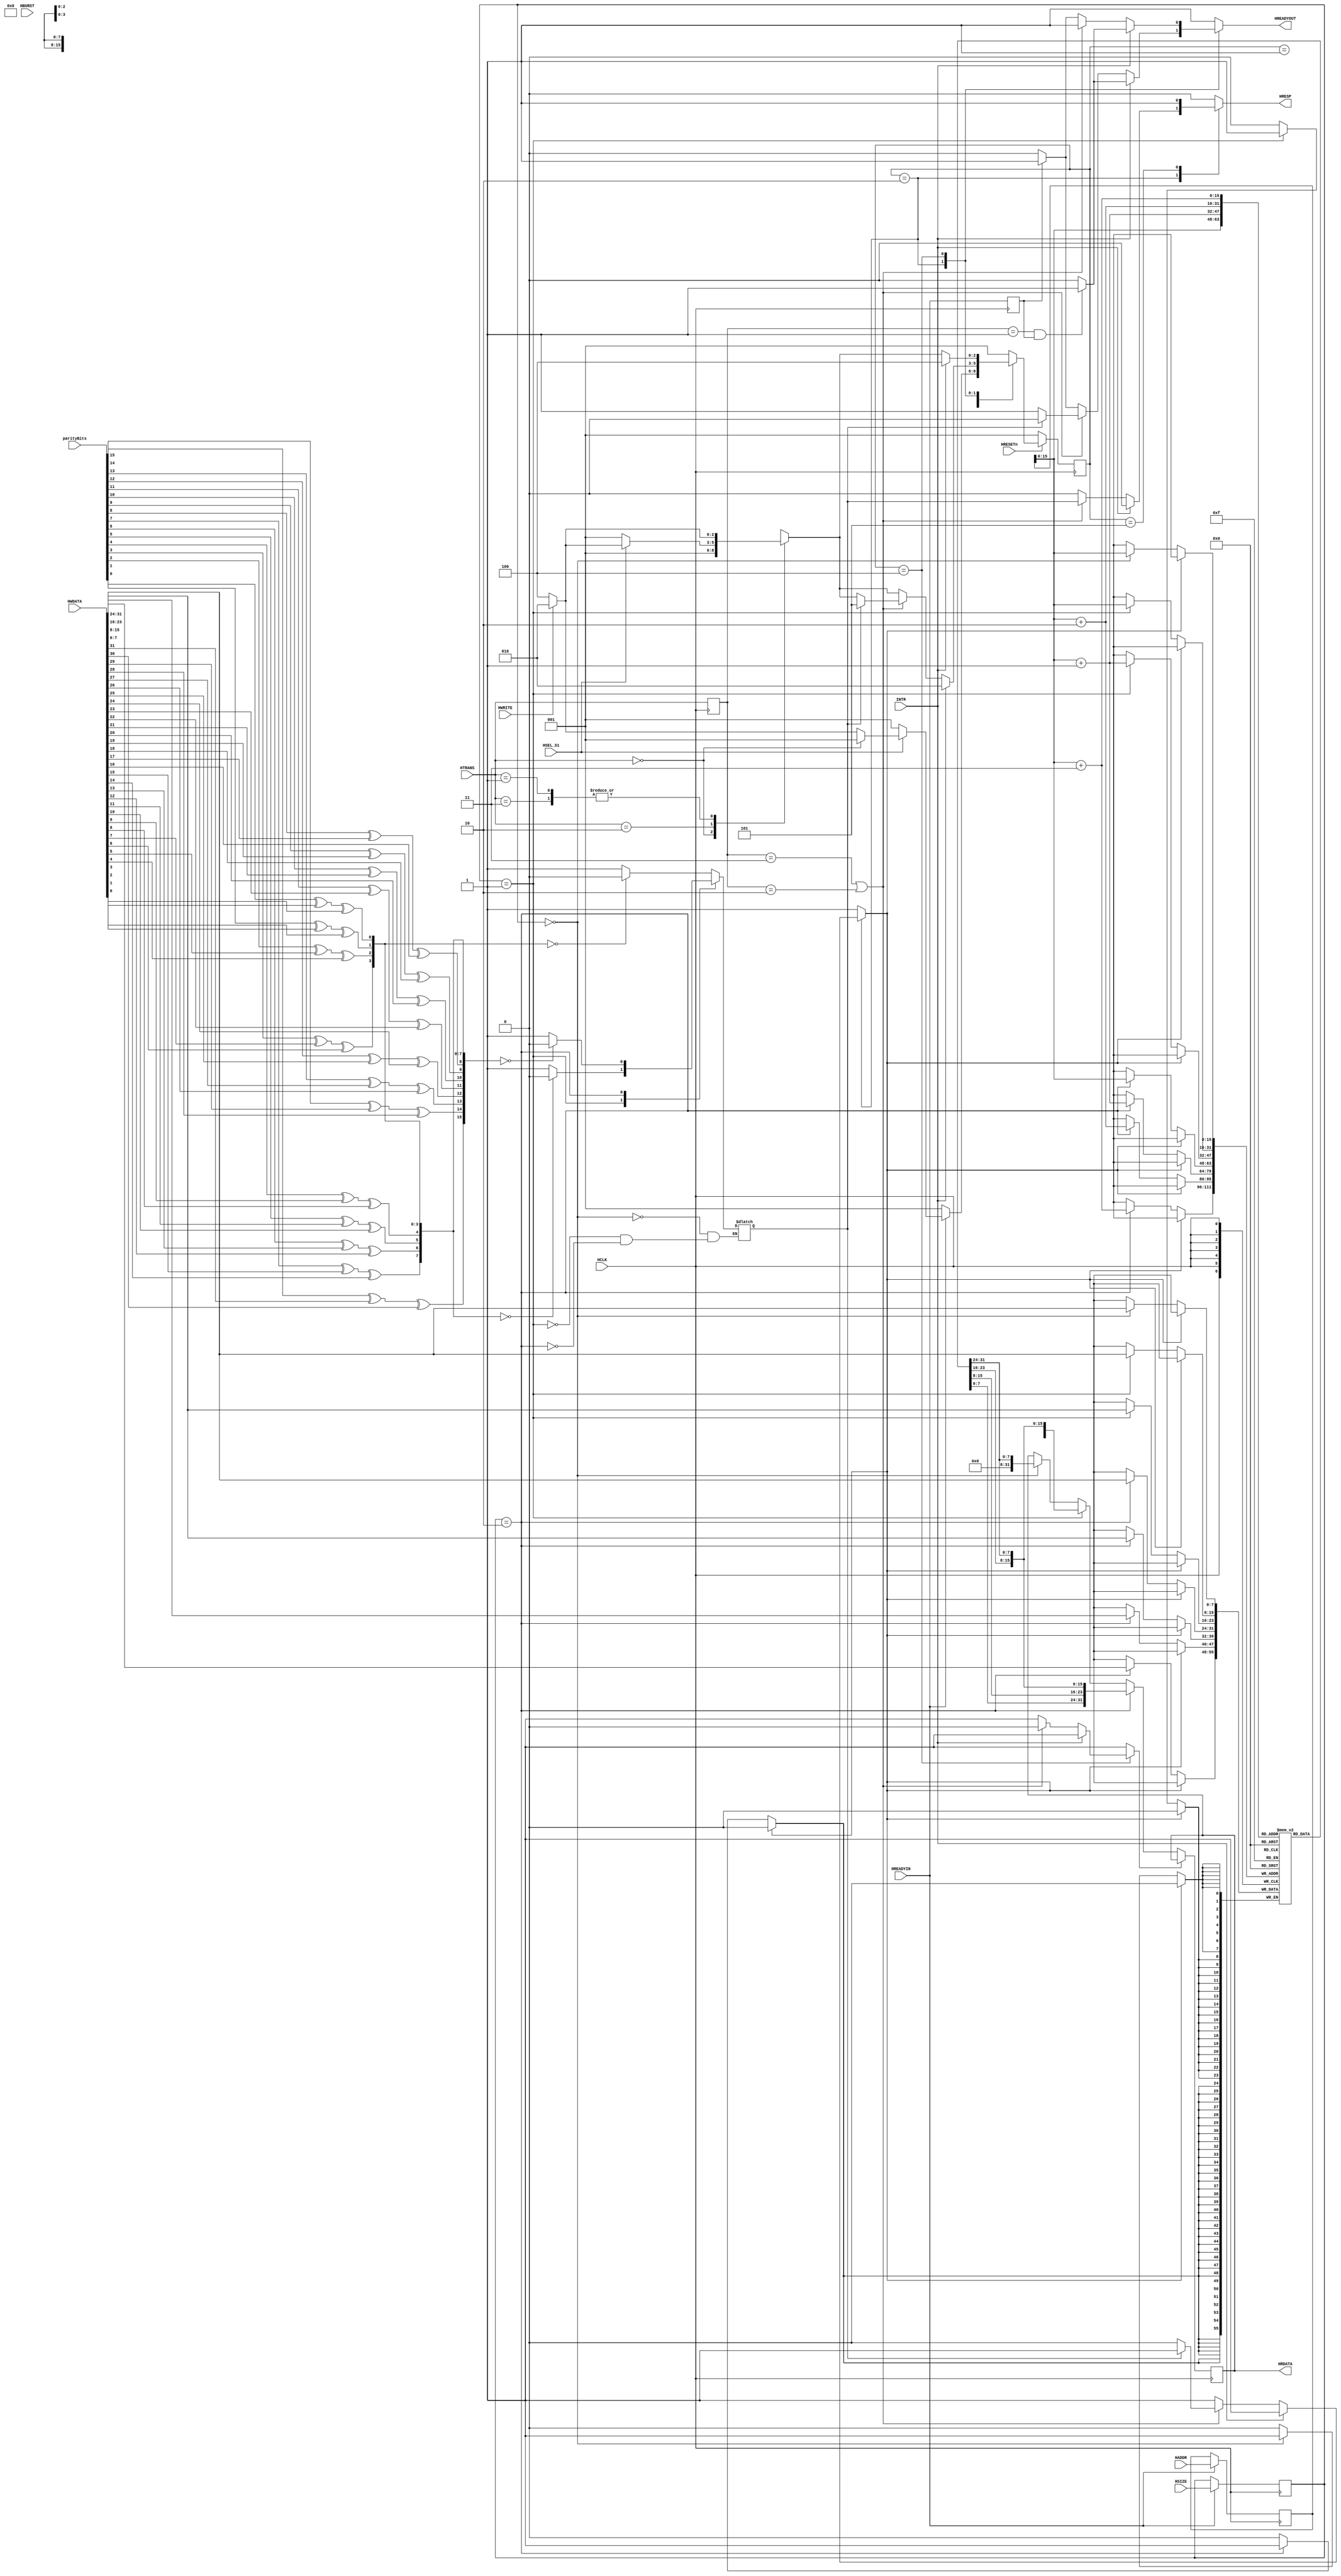
`timescale 1ns / 1ps

module ahbSlave #(parameter ADDR_WIDTH=32, DATA_WIDTH=32)(
         /*******************************************
                     AHB Slave Interface
            ********************************************/
            input[ADDR_WIDTH-1:0] HADDR, // memory address where data is to be written
            input[DATA_WIDTH-1:0] HWDATA, // the data to be written in the memory
            input[1:0] HTRANS, // tells the transfer mode
            input[2:0] HBURST, //tells the burst mode 
            input HWRITE, //tells read or write
            input[2:0] HSIZE, //tells the size of data of each beat
            input[15:0] parityBits,//input from master for error detection
            
            input HSEL_S1, //select signal from decoder
            
            input HCLK,    // global signals
            input HRESETn, // global signals
            
            input HREADYIN, // input signal from mux
             
            input INTR, //interrupt signal
            
         output reg[DATA_WIDTH-1:0] HRDATA,         
            output reg HREADYOUT, // acknowledgement signals to the master
            output reg HRESP
            
    );
     
     //slave's memory
     reg[7:0] memory[2**16-1:0];   
     
     reg[1:0] trans; // contains the sampled value of HTRANS
     reg ready;
     reg error; //new addition
     reg[15:0] e;
     reg[ADDR_WIDTH-1:0] address; //contains the sampled value of HADDR
     reg[2:0] size; //contains the sampled value of HSIZE
     reg rd,wr; //active low signals which control reading/writing into the memory
     
     always@(posedge HCLK) begin
         trans<=HTRANS;
         
         
         if(HREADYIN) begin
            address<=HADDR; 
            size<=HSIZE;
       end       
         
         ready<=HREADYIN;        
         if(!wr) begin
           if(size=='b000)  
           memory[address[15:0]]<=HWDATA[7:0];
            
            if(size=='b001)
            {memory[address[15:0]+1],memory[address[15:0]]} <=HWDATA[15:0];
            
            if(size=='b010)
            {memory[address[15:0]+3],memory[address[15:0]+2],memory[address[15:0]+1],memory[address[15:0]]}<=HWDATA[31:0];
            
         end
         
     end
     
     
     always@(negedge HCLK) begin
        if(!rd) begin
           if(size=='b000) 
           HRDATA<=memory[address[15:0]];
            
            if(size=='b001)
            HRDATA<={memory[address[15:0]+1],memory[address[15:0]]};
            
            if(size=='b010)
            HRDATA<={memory[address[15:0]+3],memory[address[15:0]+2],memory[address[15:0]+1],memory[address[15:0]]};
            
           
       end       
     end 
     
     //fsm states
     parameter
     s_idle=3'b001,   //idle state --> here slave performs idle transfer
     writeInMem=3'b010, //writeInMem --> here slave writes data into its memory
     readFromMem=3'b100, //readFromMem --> here slave fetches the data from the memory and drives it onto HRDATA bus
     s_error=3'b101;
     parameter okay='b0;
     
     //transfer types --> IDLE, BUSY, SEQ, NONSEQ
     parameter
            IDLE='b00,
            BUSY='b01,
            NONSEQ='b10,
            SEQ='b11;
     
     reg[2:0] c_state,n_state; //currentState and nextState
     
     
     always@(posedge HCLK) begin
        if(!HRESETn)
          c_state<=s_idle;
        else
          c_state<=n_state;
     end
     
     
     
     always@(*) begin
       HRESP=okay; HREADYOUT=1; wr=1; rd=1; n_state=s_idle;
                case(c_state) 
                  s_idle: begin 
                             if(!HREADYIN) 
                                n_state=s_idle;
                                    
                                   else begin
                                     if(!HSEL_S1) 
                                        n_state=s_idle;
                                     else begin
                                       if(HTRANS==IDLE)
                                          n_state=s_idle;
                                       else
                                          n_state=nextState(HWRITE);
                                     end
                                   end
                           end
                  writeInMem: begin 
                               if(INTR) begin
                                  if(!(trans==BUSY&&ready==1))                                  
                                     HREADYOUT=0;  
                                  n_state=writeInMem;
                                                
                                  end
                                         
                                  else begin
                                    if(trans==SEQ || trans==NONSEQ) begin
                                                  
                                       HRESP=error;                                                    
                                       if(error) begin
                                          HREADYOUT=0;
                                          n_state=s_error;
                                       end
                                       else begin
                                         wr=0; 
                                         n_state=state(HSEL_S1,HWRITE,HTRANS);         
                                       end
                                    end
                                                
                                    else begin
                                      if(!ready) 
                                         HREADYOUT=0;   
                                      n_state=state(HSEL_S1,HWRITE,HTRANS);                                               
                                                     
                                    end                                            
                                           
                                  end                               
                                         
                              end
                                  
                  readFromMem: begin                
                                 if(INTR) begin
                                    if(!(trans==BUSY&&ready==1))                                      
                                       HREADYOUT=0;  
                                    n_state=readFromMem;                                                    
                                 end
                                             
                                 else begin
                                   if(trans==SEQ || trans==NONSEQ) 
                                      rd=0;                   
                                                    
                                   else begin
                                     if(!ready) 
                                        HREADYOUT=0;                                               
                                   end    
                                   
                                   n_state=state(HSEL_S1,HWRITE,HTRANS);
                                 end                                      
                                        
                               end
                               
                    s_error: begin
                               HRESP=1;
                               HREADYOUT=1;
                               n_state=s_idle;
                             end
                
                
                endcase
     
     end
   
    function[2:0] nextState;
      input HWRITE;
      
        begin
          if(HWRITE)
             nextState=writeInMem;
          else
            nextState=readFromMem;
        end
         
    endfunction
    
    
        function[2:0] state;
         input HSEL_S1;
         input HWRITE;
         input[1:0] HTRANS;
            begin
                           
              case(HTRANS)
                   IDLE: begin 
                           state=s_idle;
                         end
                   NONSEQ: begin
                             if(~HSEL_S1)
                                state=s_idle;
                             else 
                               state=nextState(HWRITE);
                             end
                     SEQ: begin
                            state=nextState(HWRITE);
                          end
                     BUSY: begin 
                                state=nextState(HWRITE);
                           end
                     default: begin 
					            state=s_idle; 
                              end
                     
                     
              endcase 
                  
            end
        endfunction
    //slave can have an error flag as--->
    always@(*) begin
        
        e[15]=parityBits[15]^HWDATA[31]^HWDATA[30];
        e[14]=parityBits[14]^HWDATA[29]^HWDATA[28];
        e[13]=parityBits[13]^HWDATA[27]^HWDATA[26];
        e[12]=parityBits[12]^HWDATA[25]^HWDATA[24];
        e[11]=parityBits[11]^HWDATA[23]^HWDATA[22];
        e[10]=parityBits[10]^HWDATA[21]^HWDATA[20];
        e[9]=parityBits[9]^HWDATA[19]^HWDATA[18];
        e[8]=parityBits[8]^HWDATA[17]^HWDATA[16];
        e[7]=parityBits[7]^HWDATA[15]^HWDATA[14];
        e[6]=parityBits[6]^HWDATA[13]^HWDATA[12];
        e[5]=parityBits[5]^HWDATA[11]^HWDATA[10];
        e[4]=parityBits[4]^HWDATA[9]^HWDATA[8];
        e[3]=parityBits[3]^HWDATA[7]^HWDATA[6];
        e[2]=parityBits[2]^HWDATA[5]^HWDATA[4];
        e[1]=parityBits[1]^HWDATA[3]^HWDATA[2];
        e[0]=parityBits[0]^HWDATA[1]^HWDATA[0];

    end

    always@(*) begin

      case(size)
        'b000:  begin
                     if(e[3:0]==0)
                      error=0;
                     else
                      error=1;
                  end
        'b001:  begin
                     if(e[7:0]==0)
                      error=0;
                     else
                      error=1;
                  end
        'b010: begin
                     if(e[15:0]==0)
                      error=0;
                     else
                      error=1;
                  end
      endcase

    end

endmodule